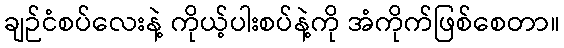
ချဉ်ငံစပ်လေးနဲ့ ကိုယ့်ပါးစပ်နဲ့ကို အံကိုက်ဖြစ်စေတာ။